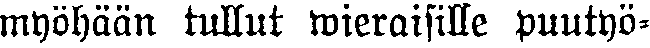
myöhään tullut wieraisille puutyö-